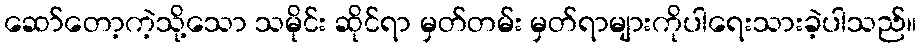
ဆော်တော့ကဲ့သို့သော သမိုင်း ဆိုင်ရာ မှတ်တမ်း မှတ်ရာများကိုပါရေးသားခဲ့ပါသည်။